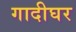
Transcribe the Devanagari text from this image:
गादीघर